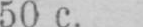
50 c.